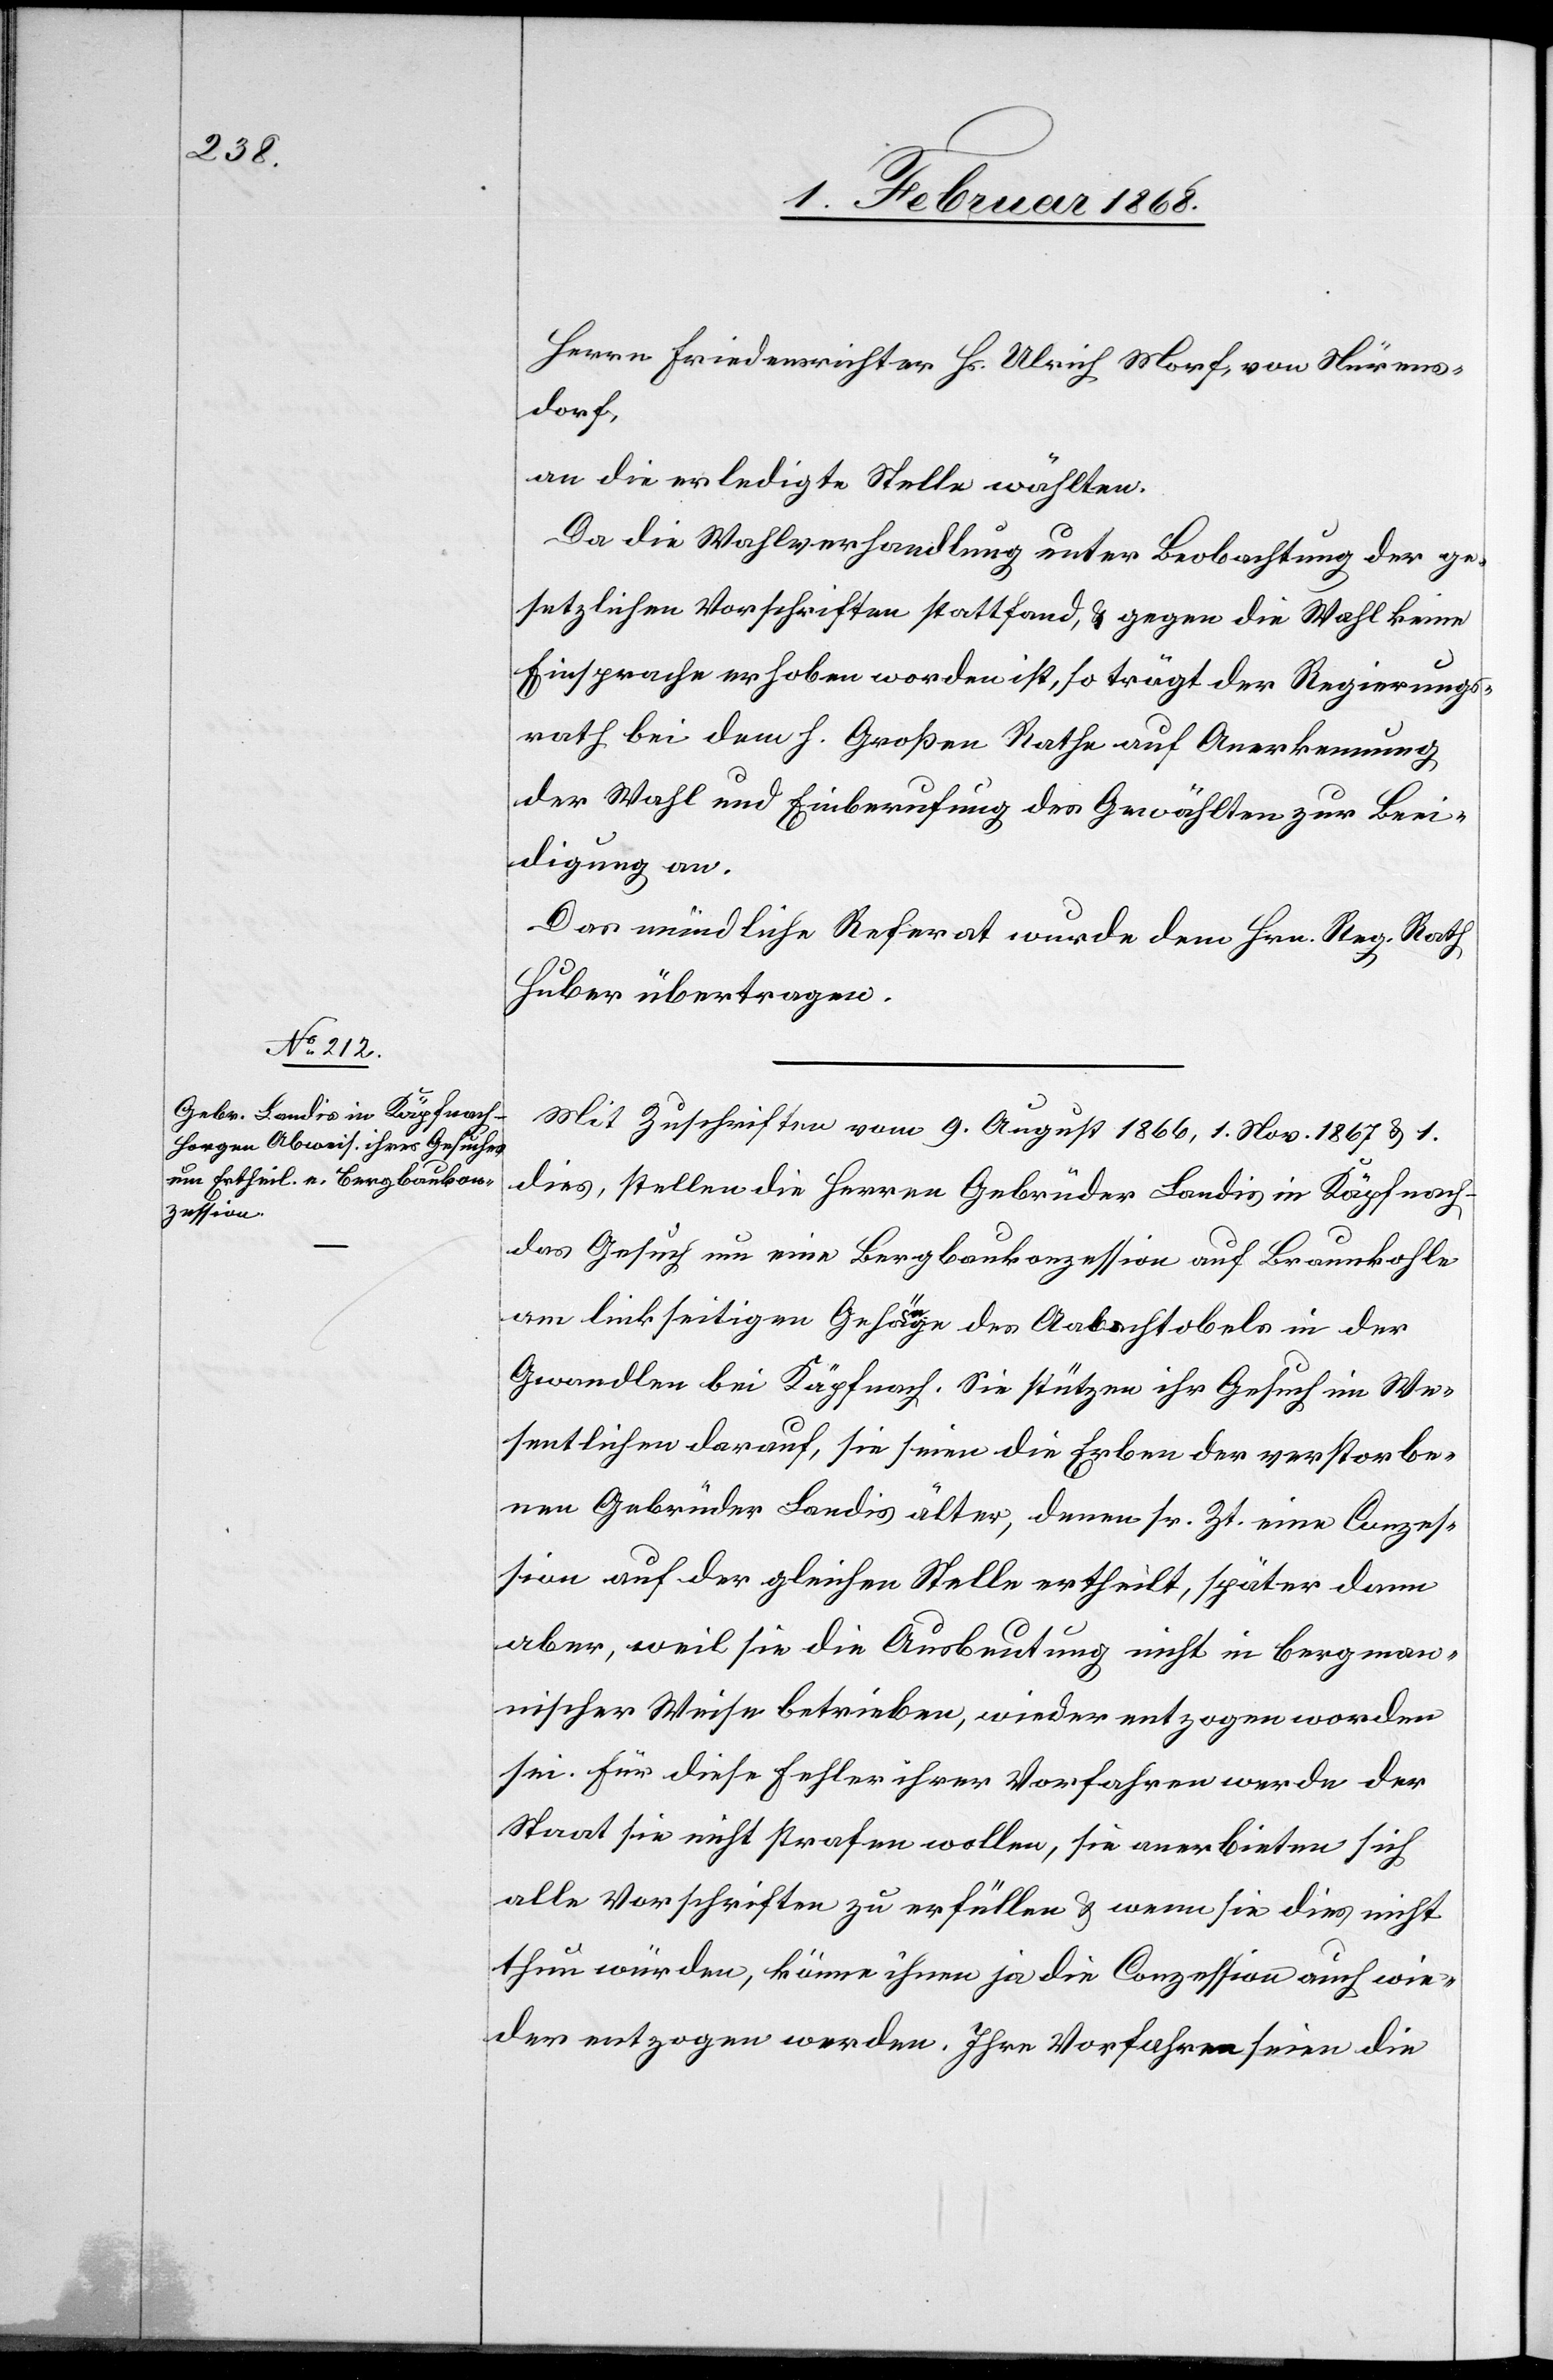
orgen]

Herrn Friedensrichter Hs. Ulrich Morf, von Nürens¬
dorf,
an die erledigte Stelle wählten.
Da die Wahlverhandlung unter Beobachtung der ge¬
setzlichen Vorschriften stattfand, & gegen die Wahl keine
Einsprache erhoben worden ist, so trägt der Regierungs¬
rath bei dem h. Großen Rathe auf Anerkennung
der Wahl und Einberufung des Gewählten zur Beei¬
digung an.
Das mündliche Referat wurde dem Hrn. Reg. Rath
Huber übertragen.
Mit Zuschriften vom 9. August 1866, 1. Nov. 1867 & 1.
dies, stellen die Herren Gebrüder Landis in Käpfnach-[H¬
das Gesuch um eine Bergbaukonzession auf Braunkohle
am linkseitigen Gehänge des Aabachtobels in der
Gwandlen bei Käpfnach. Sie stützen ihr Gesuch im We¬
sentlichen darauf, sie seien die Erben der verstorbe¬
nen Gebrüder Landis älter, denen sr. Zt. eine Conzes¬
sion auf der gleichen Stelle ertheilt, später dann
aber, weil sie die Ausbeutung nicht in bergman¬
nischer Weise betrieben, wieder entzogen worden
sei. Für diese Fehler ihrer Vorfahren werde der
Staat sie nicht strafen wollen, sie anerbieten sich
alle Vorschriften zu erfüllen & wenn sie dies nicht
thun würden, könne ihnen ja die Conzession auch wie¬
der entzogen werden. Ihre Vorfahren seien die